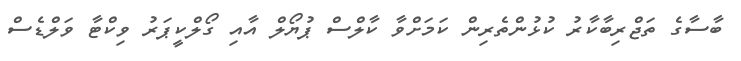
ބާސާގެ ތަޖްރިބާކާރު ކުޅުންތެރިން ކަމަށްވާ ކާލްސް ޕުޔޯލް އާއި ގޯލްކީޕަރު ވިކްޓާ ވަލްޑެސް